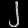
Digit: ၂